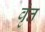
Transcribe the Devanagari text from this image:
वृंत्त